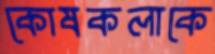
কোষকলাকে